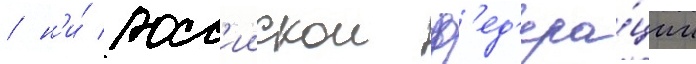
/ н'и́ росс'иискои ф'ед'ера́ции